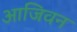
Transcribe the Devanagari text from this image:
आजिवन